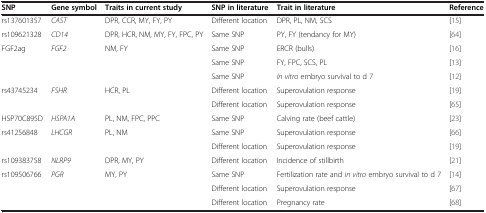
| SNP | Gene symbol | Traits in current study | SNP in literature | Trait in literature | Reference |
 | --- | --- | --- | --- | --- | --- |
 | rs137601357 | CAST | DPR, CCR, MY, FY, PY | Different location | DPR, PL, NM, SCS | [15] |
 | rs109621328 | CD14 | DPR, HCR, NM, MY, FY, FPC, PY | Same SNP | PY, FY (tendancy for MY) | [64] |
 | FGF2ag | FGF2 | NM, FY | Same SNP | ERCR (bulls) | [16] |
 |  |  |  | Same SNP | FY, FPC, SCS, PL | [13] |
 |  |  |  | Same SNP | In vitro embryo survival to d 7 | [12] |
 | rs43745234 | FSHR | HCR, PL | Different location | Superovulation response | [19] |
 |  |  |  | Different location | Superovulation response | [65] |
 | HSP70C895D | HSPA1A | PL, NM, FPC, PPC | Same SNP | Calving rate (beef cattle) | [23] |
 | rs41256848 | LHCGR | PL, NM | Same SNP | Superovulation response | [66] |
 |  |  |  | Different location | Superovulation response | [19] |
 | rs109383758 | NLRP9 | DPR, MY, PY | Different location | Incidence of stillbirth | [21] |
 | rs109506766 | PGR | MY, PY | Same SNP | Fertilization rate and in vitro embryo survival to d 7 | [14] |
 |  |  |  | Different location | Superovulation response | [67] |
 |  |  |  | Different location | Pregnancy rate | [68] |